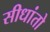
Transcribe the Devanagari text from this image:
सीधांतो